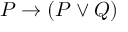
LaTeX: P \to ( P \lor Q )